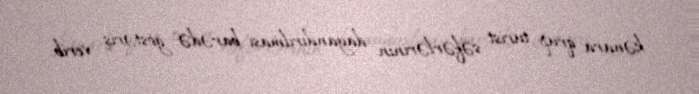
kənara qrup turist səfərlərinin dayandırılması barədə göstəriş verib.